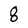
Character: 8